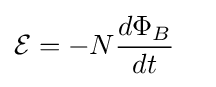
{\mathcal {E}}=-N{d\Phi _{B} \over dt}\quad